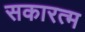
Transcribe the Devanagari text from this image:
सकारत्म